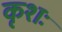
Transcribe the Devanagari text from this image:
कृशः